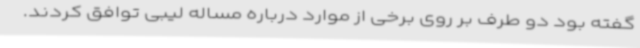
گفته بود دو طرف بر روی برخی از موارد درباره مساله لیبی توافق کردند.